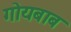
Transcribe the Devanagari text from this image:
गोयबाब